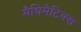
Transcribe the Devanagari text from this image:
मैथिमैटिक्स